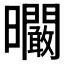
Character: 𣌙